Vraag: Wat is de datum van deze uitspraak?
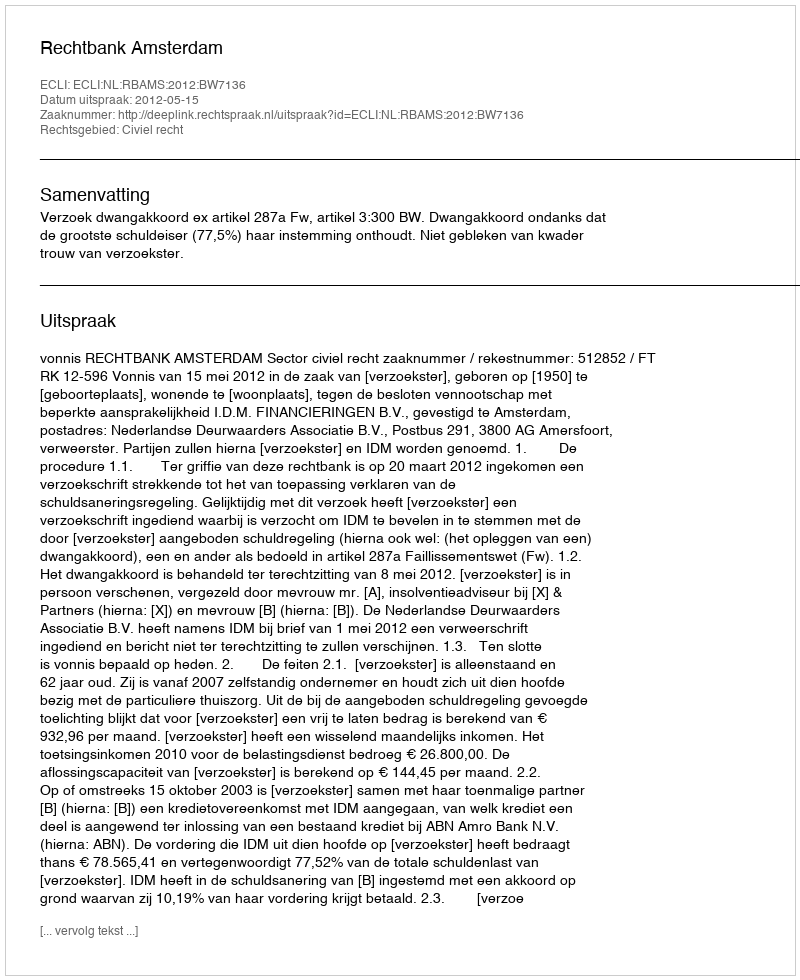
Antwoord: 2012-05-15